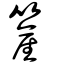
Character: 簅